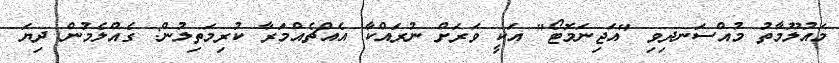
މައުލޫމާތު މުއްސަނދިވި "އަޖިނަމޮޓޯ" އަކީ ވަރަށް ނުރައްކާ އެއްޗެއްމަރާ ކުރިމަތިލުން: ގެއްލެމުން ދިޔަ